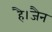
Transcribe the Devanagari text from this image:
है।जैन